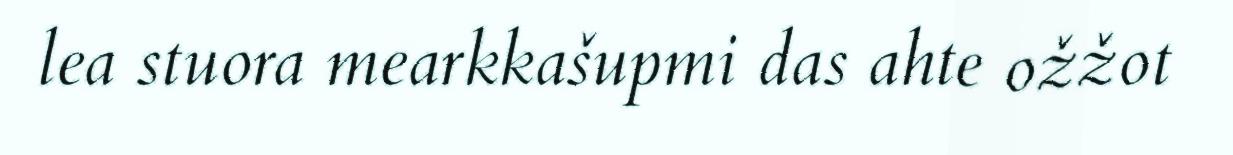
lea stuora mearkkašupmi das ahte ožžot